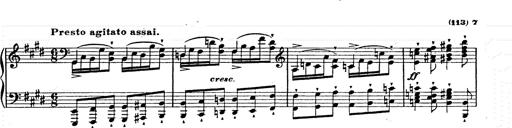
Title: Ab irato
Composer: Franz Liszt